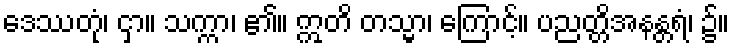
ဒေဿတုံ၊ ငှာ။ သက္ကာ၊ ၏။ ဣတိ တသ္မာ၊ ကြောင့်။ ပညတ္တိအနန္တရံ၊ ၌။